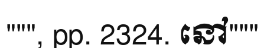
""", pp. 2324. នៅ"""